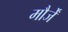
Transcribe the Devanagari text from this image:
मौर्जें